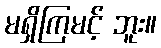
မရှိကြမင့် ဘူး။